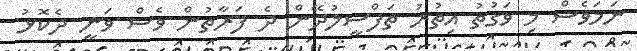
ނަމަވެސް މި ވަގުތު އިތުރު ތަފްސީލުދޭން ދެ ފަރާތުން ވެސް ވަނީ ދެކޮޅު